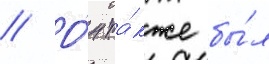
// О́н та́кже бы́л